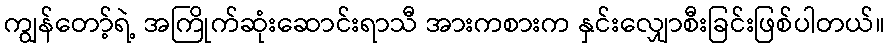
ကျွန်တော့်ရဲ့ အကြိုက်ဆုံးဆောင်းရာသီ အားကစားက နှင်းလျှောစီးခြင်းဖြစ်ပါတယ်။